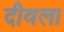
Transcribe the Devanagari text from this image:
दीवला